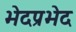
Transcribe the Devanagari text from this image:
भेदप्रभेद